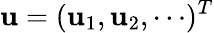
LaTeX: {\mathbf u}=({\mathbf u}_{1},{\mathbf u}_{2},\cdots)^{T}